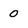
Character: 0